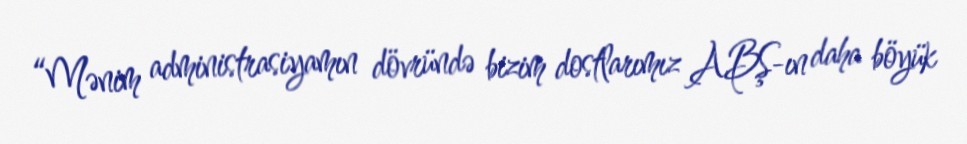
“Mənim administrasiyamın dövründə bizim dostlarımız ABŞ-ın daha böyük